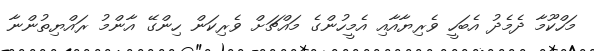
މަހްކޫމާ ދެމެދު އެބަހީ ވެރިޔާއާއި އެމީހުންގެ މައްޗަށް ވެރިކަން ހިންގޭ އާންމު ރައްޔިތުންނާ